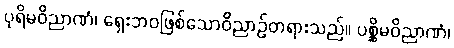
ပုရိမဝိညာဏံ၊ ရှေးဘဝဖြစ်သောဝိညာဉ်တရားသည်။ ပစ္ဆိမဝိညာဏံ၊